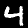
Digit: 4